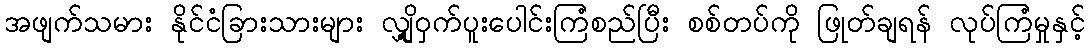
အဖျက်သမား နိုင်ငံခြားသားများ လျှို့ဝှက်ပူးပေါင်းကြံစည်ပြီး စစ်တပ်ကို ဖြုတ်ချရန် လုပ်ကြံမှုနှင့်